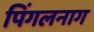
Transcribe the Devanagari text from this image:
पिंगलनाग